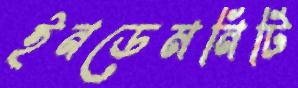
ইনডেমনিটি